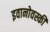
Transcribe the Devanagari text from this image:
इवानोवस्की